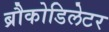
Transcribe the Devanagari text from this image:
ब्रौकोडिलेटर